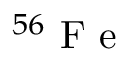
^ { 5 6 } \mathrm { ~ F ~ e ~ }